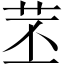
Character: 苤